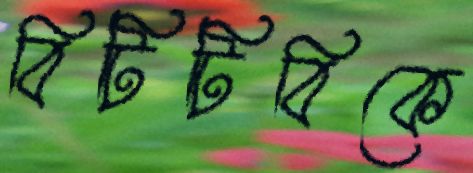
বিটিটিবিকে